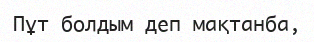
Пұт болдым деп мақтанба,